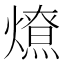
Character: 𰟤